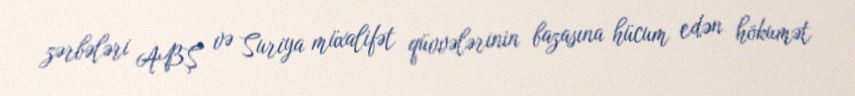
zərbələri ABŞ və Suriya müxalifət qüvvələrinin bazasına hücum edən hökumət